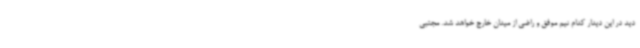
دید در این دیدار کدام تیم موفق و راضی از میدان خارج خواهد شد. مجتبی